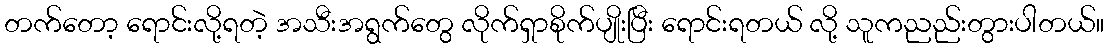
တက်တော့ ရောင်းလို့ရတဲ့ အသီးအရွက်တွေ လိုက်ရှာစိုက်ပျိုးပြီး ရောင်းရတယ် လို့ သူကညည်းတွားပါတယ်။